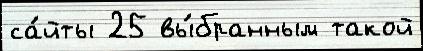
са́йты 25 вы́бранным такой